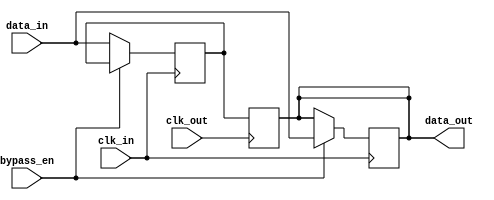
module variable_width_bypass_register (
    input wire [DATA_WIDTH-1:0] data_in,
    input wire bypass_en,
    input wire clk_in,
    input wire clk_out,
    output reg [DATA_WIDTH-1:0] data_out
);

parameter DATA_WIDTH = 8;

reg [DATA_WIDTH-1:0] storage_reg;

always @(posedge clk_in) begin
    if (bypass_en) begin
        data_out <= data_in;
    end else begin
        storage_reg <= data_in;
    end
end

always @(posedge clk_out) begin
    data_out <= storage_reg;
end

endmodule